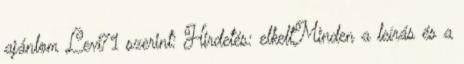
ajánlom Levi71 szerint: Hirdetés: elkeltMinden a leírás és a